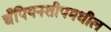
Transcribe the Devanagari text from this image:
चँपियनशीपमधील